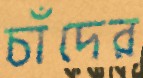
চাঁদের